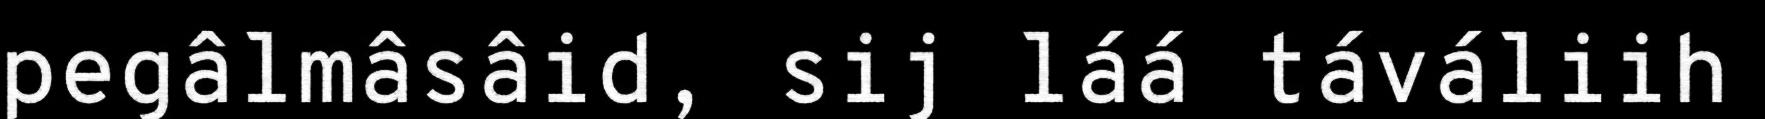
pegâlmâsâid, sij láá táváliih